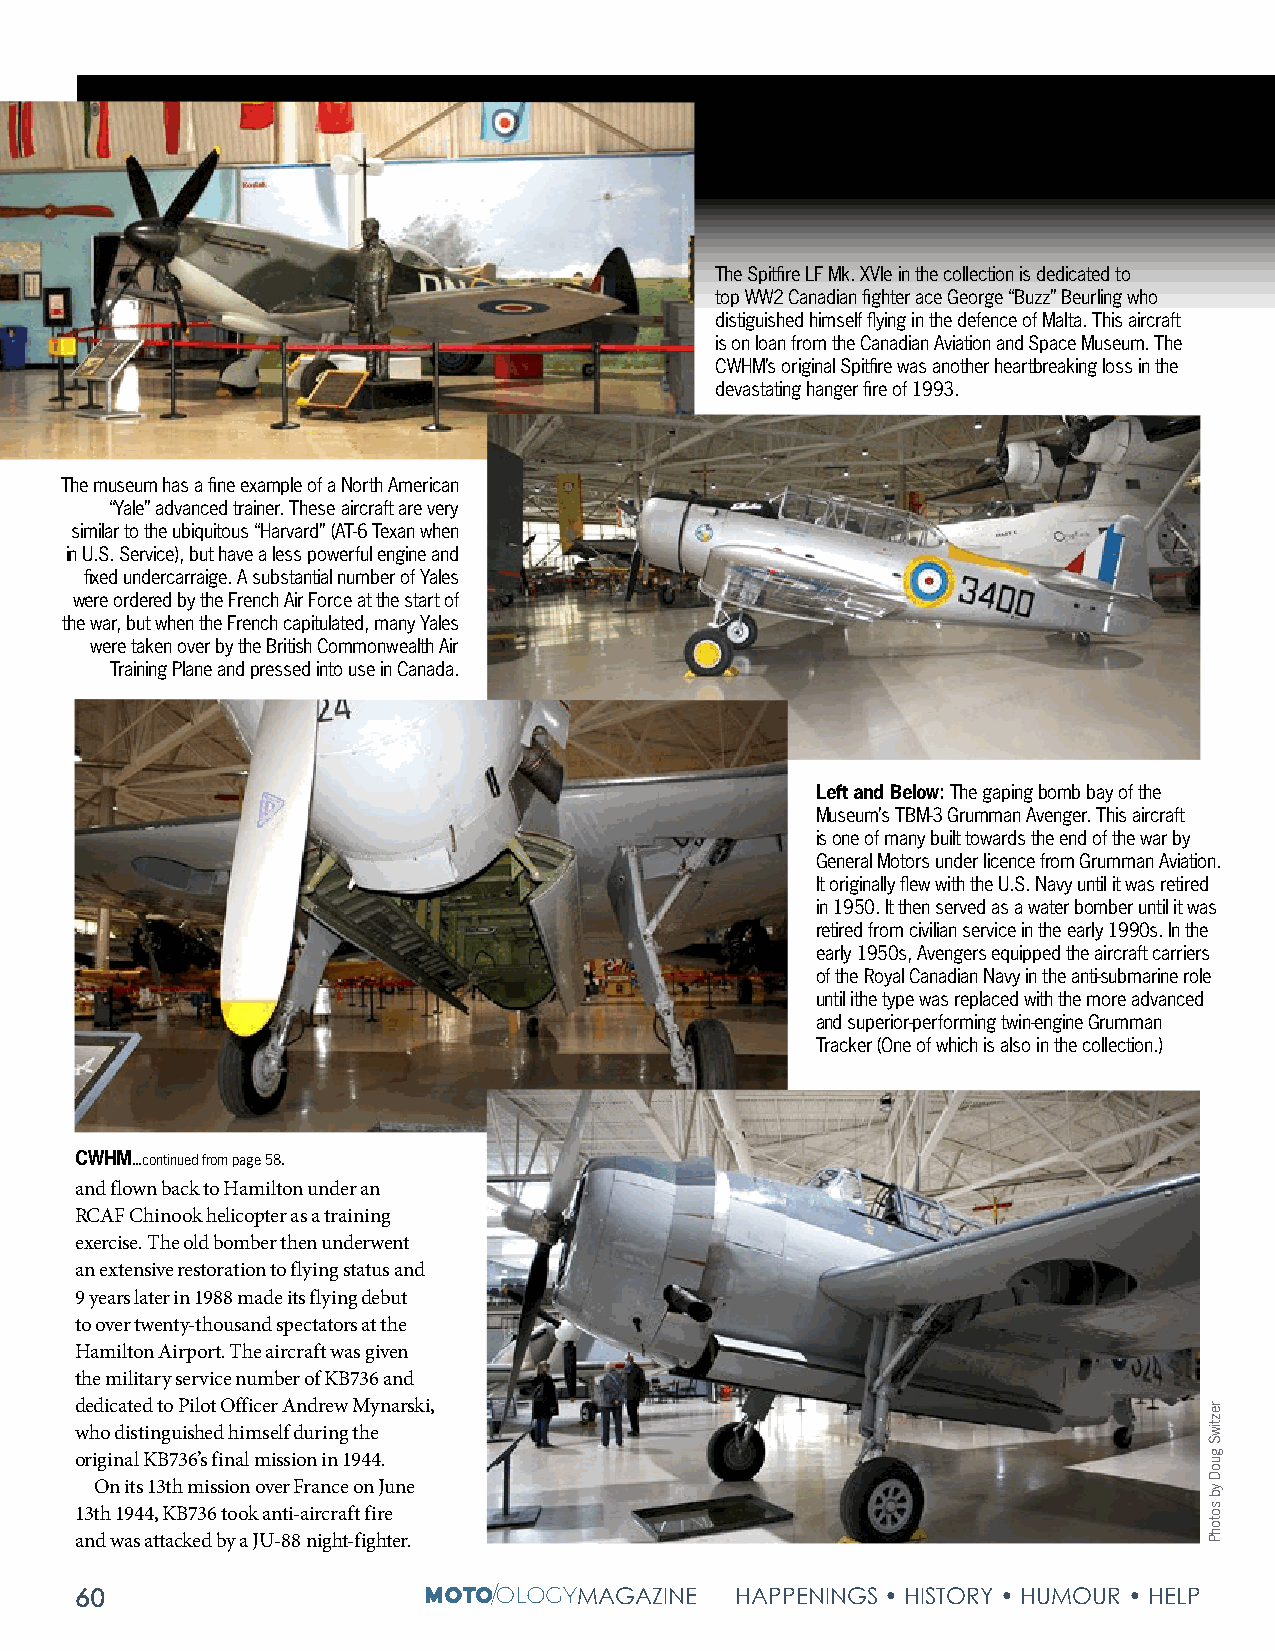
The Spitfire LF Mk. XVIe in the collection is dedicated to
 top WW2 Canadian fighter ace George “Buzz” Beurling who
 distiguished himself flying in the defence of Malta. This aircraft
 is on loan from the Canadian Aviation and Space Museum. The
 CWHM’s original Spitfire was another heartbreaking loss in the
 devastating hanger fire of 1993.
 The museum has a fine example of a North American
 “Yale” advanced trainer. These aircraft are very
 similar to the ubiquitous “Harvard” (AT-6 Texan when
 in U.S. Service), but have a less powerful engine and
 fixed undercarraige. A substantial number of Yales
 were ordered by the French Air Force at the start of
 the war, but when the French capitulated, many Yales
 were taken over by the British Commonwealth Air
 Training Plane and pressed into use in Canada.
 Left and Below: The gaping bomb bay of the
 Museum’s TBM-3 Grumman Avenger. This aircraft
 is one of many built towards the end of the war by
 General Motors under licence from Grumman Aviation.
 It originally flew with the U.S. Navy until it was retired
 in 1950. It then served as a water bomber until it was
 retired from civilian service in the early 1990s. In the
 early 1950s, Avengers equipped the aircraft carriers
 of the Royal Canadian Navy in the anti-submarine role
 until ithe type was replaced with the more advanced
 and superior-performing twin-engine Grumman
 Tracker (One of which is also in the collection.)
 CWHM...continued from page 58.
 and flown back to Hamilton under an
 RCAF Chinook helicopter as a training
 exercise. The old bomber then underwent
 an extensive restoration to flying status and
 9 years later in 1988 made its flying debut
 to over twenty-thousand spectators at the
 Hamilton Airport. The aircraft was given
 the military service number of KB736 and
 dedicated to Pilot Officer Andrew Mynarski,
 who distinguished himself during the
 original KB736’s final mission in 1944.
 On its 13th mission over France on June
 13th 1944, KB736 took anti-aircraft fire
 and was attacked by a JU-88 night-fighter.
 60                               MAGAZINE   HAPPENINGS • HISTORY • HUMOUR • HELP
 reztiwS
 guoD
 yb
 sotohP